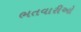
ભતવારીઓ